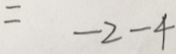
= - 2 - 4